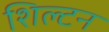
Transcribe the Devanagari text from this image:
शिल्टन